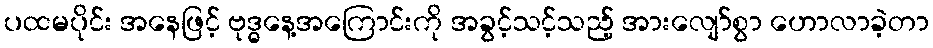
ပထမပိုင်း အနေဖြင့် ဗုဒ္ဓနေ့အကြောင်းကို အခွင့်သင့်သည့် အားလျော်စွာ ဟောလာခဲ့တာ